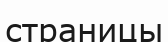
страницы